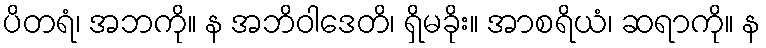
ပိတရံ၊ အဘကို။ န အဘိဝါဒေတိ၊ ရှိမခိုး။ အာစရိယံ၊ ဆရာကို။ န